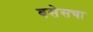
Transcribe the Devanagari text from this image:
बसेसचा